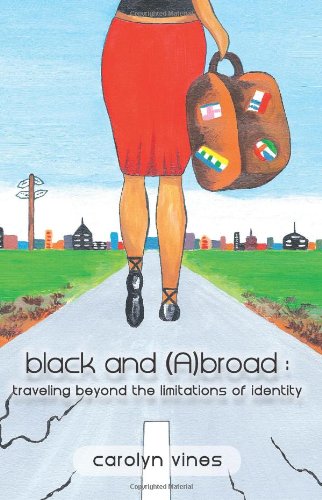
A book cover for black and abroad: traveling beyond the limitations of identity; Carolyn E. Vines; Travel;